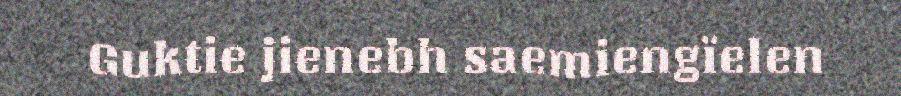
Guktie jienebh saemiengïelen